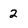
Character: 2